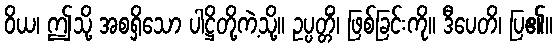
ဝိယ၊ ဤသို့ အစရှိသော ပါဋ္ဌိတို့ကဲ့သို့။ ဥပ္ပတ္တိံ၊ ဖြစ်ခြင်းကို။ ဒီပေတိ၊ ပြ၏။